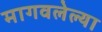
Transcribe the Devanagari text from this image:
मागवलेल्या